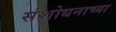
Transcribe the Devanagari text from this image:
संशोधनाच्‍या